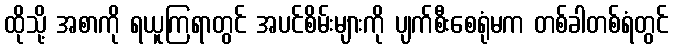
ထိုသို့ အစာကို ရယူကြရာတွင် အပင်စိမ်းများကို ပျက်စီးစေရုံမက တစ်ခါတစ်ရံတွင်